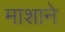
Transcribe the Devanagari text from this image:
माशाने